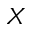
X